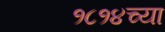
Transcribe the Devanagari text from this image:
१८१४च्या